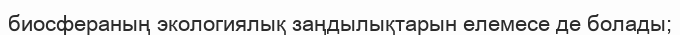
биосфераның экологиялық заңдылықтарын елемесе де болады;